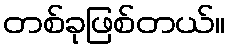
တစ်ခုဖြစ်တယ်။